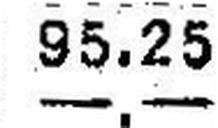
—.—